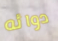
دوائه